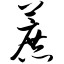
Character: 蔗